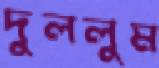
দুললুম